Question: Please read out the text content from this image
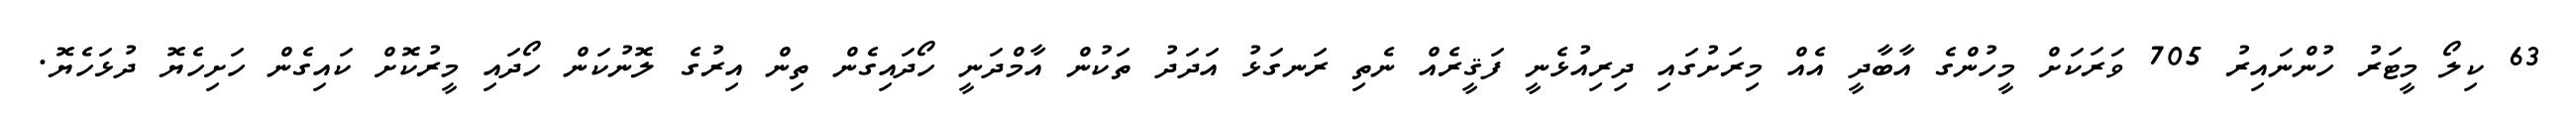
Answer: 63 ކިލޯ މީޓަރު ހުންނައިރު 705 ވަރަކަށް މީހުންގެ އާބާދީ އެއް މިރަށުގައި ދިރިއުޅެނީ ފަޤީރެއް ނެތި ރަނގަޅު އަދަދު ތަކުން އާމްދަނީ ހޯދައިގެން ތިން އިރުގެ ލޮނުކަން ހޯދައި މީރުކޮށް ކައިގެން ހަށިހެޔޮ ދުޅަހެޔޮ.